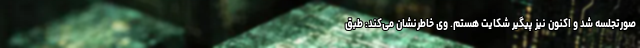
صورتجلسه شد و اکنون نیز پیگیر شکایت هستم. وی خاطرنشان می‌کند: طبق